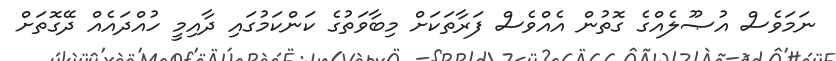
ނަމަވެސް އުޞޫލެއްގެ ގޮތުން އެއްވެސް ފަރާތަކަށް މިބާވަތުގެ ކަންކަމުގައި ދާއިމީ ހުއްދައެއް ދޭގޮތަށް